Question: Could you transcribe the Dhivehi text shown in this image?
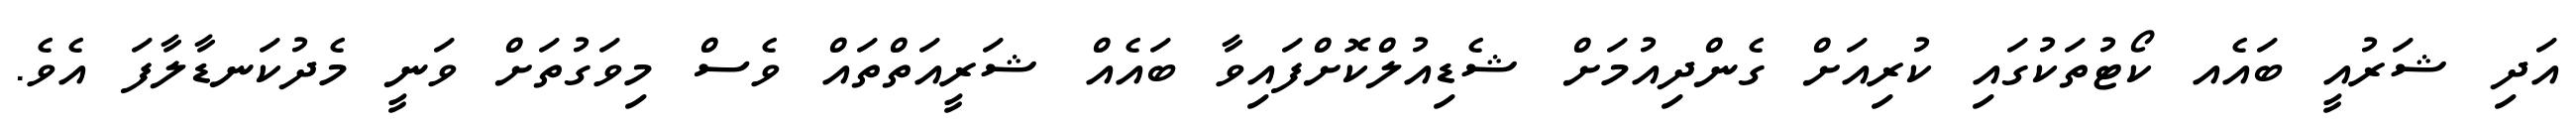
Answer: އަދި ޝަރުއީ ބައެއ ކޯޓުތަކުގައި ކުރިއަށް ގެންދިއުމަށް ޝެޑިއުލްކޮށްފައިވާ ބައެއް ޝަރީއަތްތައް ވެސް މިވަގުތަށް ވަނީ މެދުކަނޑާލާފަ އެވެ.